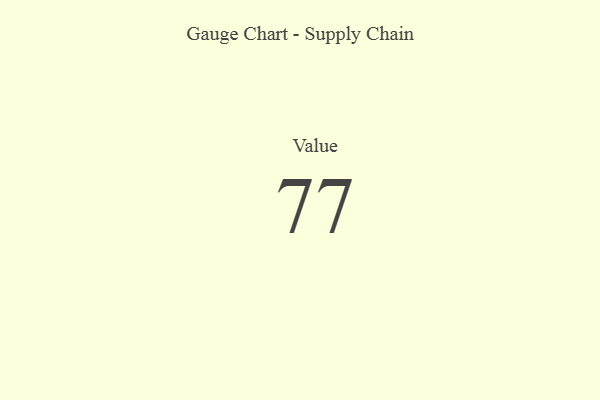
{"axis": {"x": "Metric", "y": "Value"}, "legend": [""], "data": [{"x": "Value", "y": 77, "type": ""}]}